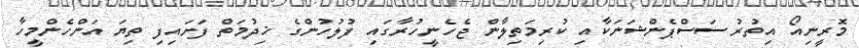
މޮރީނިއޯ އިތުރު ސަސްޕެންޝަނަކާއި ކުރިމަތިލާން ޖެހެނީހުރާގައި ފުލުހުންގެ ޚިދުމަތް ފަށައިފި ތިޔަ އަންހެންމީހާ